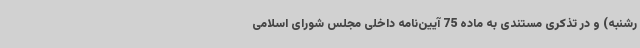
رشنبه) و در تذکری مستندی به ماده 75 آیین‌نامه داخلی مجلس شورای اسلامی